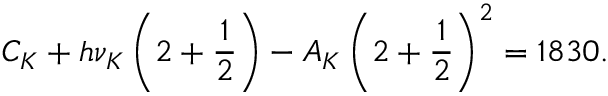
C _ { K } + h \nu _ { K } \left( 2 + \frac { 1 } { 2 } \right) - A _ { K } \left( 2 + \frac { 1 } { 2 } \right) ^ { 2 } = 1 8 3 0 .